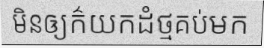
មិនឲ្យក៌យកដំថ្មគប់មក